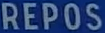
REPOS